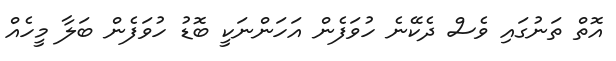
އޮތް ތަނުގައި ވެސް ދެކޭނެ ހުވަފެން އަހަންނަކީ ބޮޑު ހުވަފެން ބަލާ މީހެއް